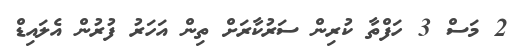
2 މަސް 3 ހަފްތާ ކުރިން ސަރުކާރަށް ތިން އަހަރު ފުރުން އެލައިޑް